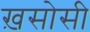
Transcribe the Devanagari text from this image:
ख़सोसी